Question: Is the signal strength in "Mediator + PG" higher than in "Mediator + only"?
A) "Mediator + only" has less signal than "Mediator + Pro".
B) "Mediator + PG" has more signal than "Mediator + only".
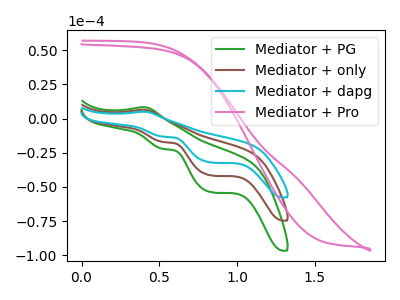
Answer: <think>The green curve "Mediator + PG" has an anodic peak at (0.40V, 8.30uA) and cathodic peaks at (0.55V, -22.25uA) (0.85V, -53.95uA). The brown curve "Mediator + only" has an anodic peak at (0.40V, 6.40uA) and cathodic peaks at (0.55V, -17.20uA) (0.85V, -41.70uA). The cyan curve "Mediator + dapg" has an anodic peak at (0.40V, 12.85uA) and cathodic peaks at (0.55V, -34.40uA) (0.85V, -83.40uA). The pink curve "Mediator + Pro" has no peaks.
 All the peaks in "Mediator + PG" have a peak in "Mediator + only" at the same potential. Every peak in "Mediator + PG" is higher than every peak in "Mediator + only".</think>
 <answer>B) "Mediator + PG" has more signal than "Mediator + only".</answer>
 <eval>B</eval>